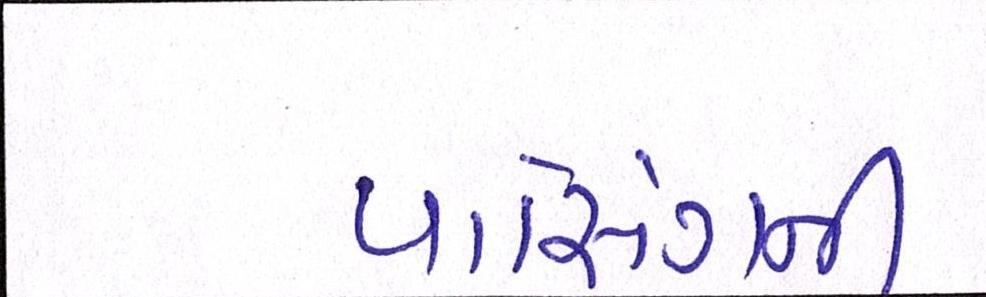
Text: પાસિંગની